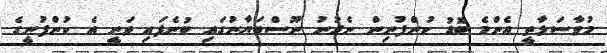
މުވާސަލާތީ އެންމެ ބޮޑު ކުންފުނިން ނެރުނު ނޫސްބަޔާނުގައި ބުނެފައި ވަނީ އެ ކުންފުނީގެ